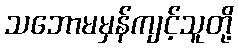
သဘောမမှန်ကျင့်သူတို့